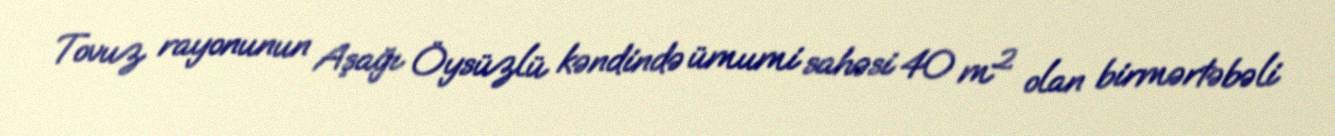
Tovuz rayonunun Aşağı Öysüzlü kəndində ümumi sahəsi 40 m² olan birmərtəbəli